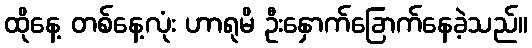
ထိုနေ့ တစ်နေ့လုံး ဟာရုမိ ဦးနှောက်ခြောက်နေခဲ့သည်။